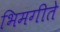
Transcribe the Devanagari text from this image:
भिमगीते